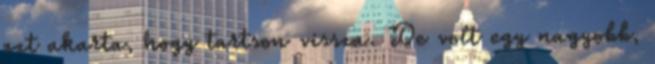
azt akarta, hogy tartson vissza. De volt egy nagyobb,